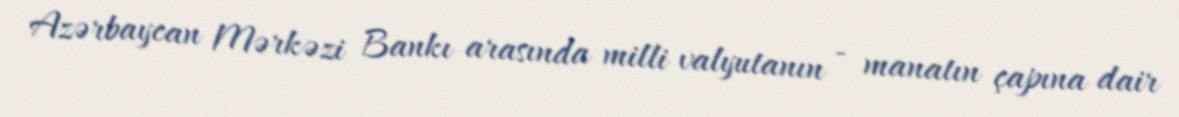
Azərbaycan Mərkəzi Bankı arasında milli valyutanın - manatın çapına dair